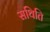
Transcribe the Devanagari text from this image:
सथिति